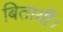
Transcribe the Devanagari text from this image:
बितायीं।